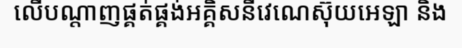
លើបណ្តាញផ្គត់ផ្គង់អគ្គិសនីវេណេស៊ុយអេឡា និង